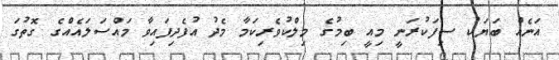
އަނެއް ބަޔަކު ސިފަކުރަނީ މިއީ ބިމުގެ މިލްކުވެރިކަމާ މެދު އުފެދިފައިވާ މައްސަލައެއްގެ ގޮތުގަ